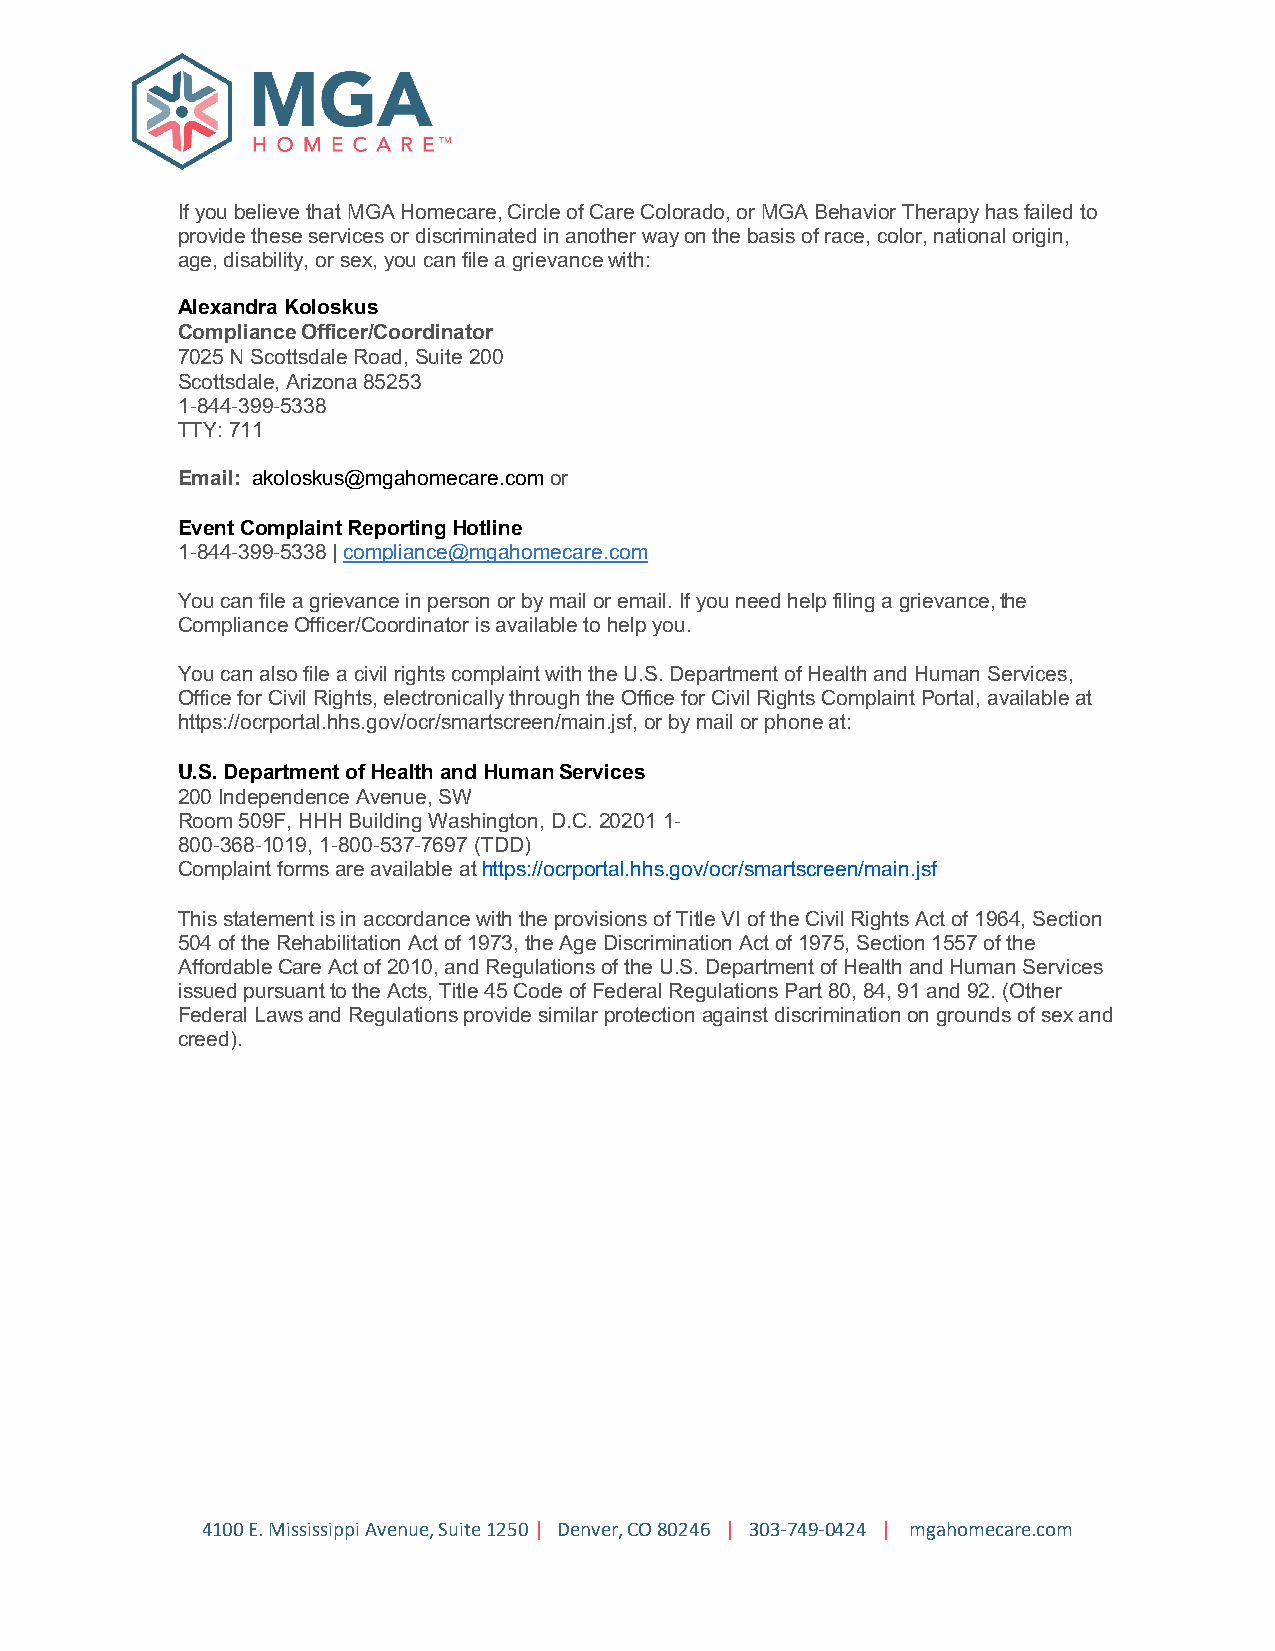
If you believe that MGA Homecare, Circle of Care Colorado, or MGA Behavior Therapy has failed to
 provide these services or discriminated in another way on the basis of race, color, national origin,
 age, disability, or sex, you can file a grievance with:
 Alexandra Koloskus
 Compliance Officer/Coordinator
 7025 N Scottsdale Road, Suite 200
 Scottsdale, Arizona 85253
 1-844-399-5338
 TTY: 711
 Email: akoloskus@mgahomecare.com or
 Event Complaint Reporting Hotline
 1-844-399-5338 | compliance@mgahomecare.com
 You can file a grievance in person or by mail or email. If you need help filing a grievance, the
 Compliance Officer/Coordinator is available to help you.
 You can also file a civil rights complaint with the U.S. Department of Health and Human Services,
 Office for Civil Rights, electronically through the Office for Civil Rights Complaint Portal, available at
 https://ocrportal.hhs.gov/ocr/smartscreen/main.jsf, or by mail or phone at:
 U.S. Department of Health and Human Services
 200 Independence Avenue, SW
 Room 509F, HHH Building Washington, D.C. 20201 1-
 800-368-1019, 1-800-537-7697 (TDD)
 Complaint forms are available at https://ocrportal.hhs.gov/ocr/smartscreen/main.jsf
 This statement is in accordance with the provisions of Title VI of the Civil Rights Act of 1964, Section
 504 of the Rehabilitation Act of 1973, the Age Discrimination Act of 1975, Section 1557 of the
 Affordable Care Act of 2010, and Regulations of the U.S. Department of Health and Human Services
 issued pursuant to the Acts, Title 45 Code of Federal Regulations Part 80, 84, 91 and 92. (Other
 Federal Laws and Regulations provide similar protection against discrimination on grounds of sex and
 creed).
 4100 E. Mississippi Avenue, Suite 1250 | Denver, CO 80246 | 303-749-0424 | mgahomecare.com